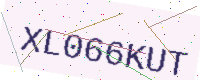
Text: XL066KUT